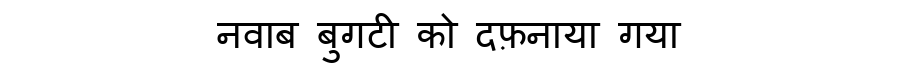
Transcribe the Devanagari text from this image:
नवाब बुगटी को दफ़नाया गया